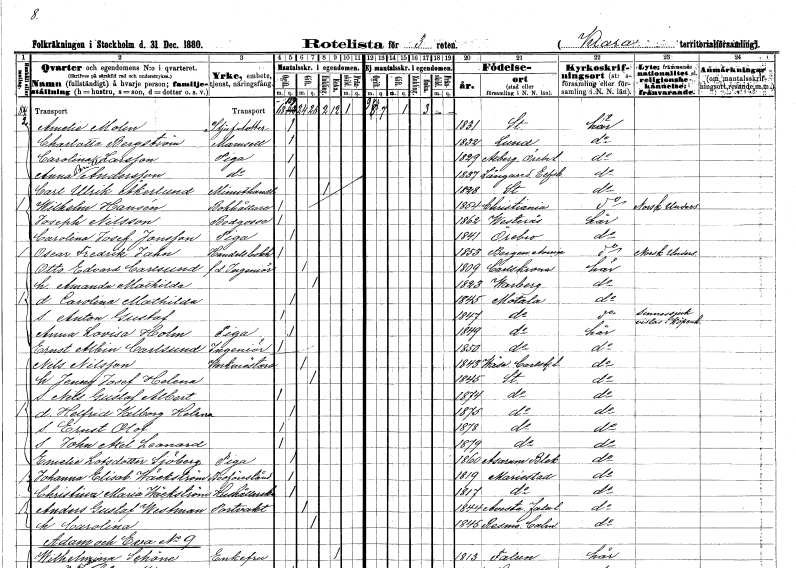
gt_parse: households: individuals: FN: Amelie
EN: Molin
KON: K
CIV: O
FODAR: 1831
FODFORS: Stockholm
FN: Charlotta
EN: Bergström
KON: K
CIV: O
FODAR: 1832
FODFORS: Lund Malmöhus län
FN: Carolina
EN: Larsson
YRKE: Piga
KON: K
CIV: O
FODAR: 1829
FODFORS: Axberg Örebro län
FN: Anna Britta
EN: Andersson
YRKE: Piga
KON: K
CIV: O
FODAR: 1837
FODFORS: Långared Älvsborgs län
FN: Carl Ulrik
EN: Åkerlund
YRKE: Minuthandlare
KON: M
CIV: E
FODAR: 1828
FODFORS: Stockholm
FN: Wilhelm
EN: Hansén
YRKE: Bokhållare
KON: M
CIV: O
FODAR: 1854
FN: Joseph
EN: Nilsson
YRKE: Bodgosse
KON: M
CIV: O
FODAR: 1862
FODFORS: Västerås Västmanlands län
FN: Carolina Josefina
EN: Jonsson
YRKE: Piga
KON: K
CIV: O
FODAR: 1841
FODFORS: Örebro Örebro län
FN: Oscar Fredrik
EN: Jahn
YRKE: Handelsbokhållare
KON: M
CIV: O
FODAR: 1853
FN: Otto Edvard
EN: Carlsund
YRKE: Ingenjör f.d.
KON: M
CIV: G
FODAR: 1809
FODFORS: Karlskrona Blekinge län
FN: Amanda Mathilda
KON: K
CIV: G
FODAR: 1823
FODFORS: Varberg Hallands län
FN: Carolina Mathilda
KON: K
CIV: O
FODAR: 1845
FODFORS: Motala Östergötlands län
FN: Anton Gustaf
KON: M
CIV: O
FODAR: 1847
FODFORS: Motala Östergötlands län
FN: Anna Lovisa
EN: Holm
YRKE: Piga
KON: K
CIV: O
FODAR: 1849
FODFORS: Motala Östergötlands län
FN: Ernst Albin
EN: Carlsund
YRKE: Ingenjör
KON: M
CIV: O
FODAR: 1850
FODFORS: Motala Östergötlands län
FN: Nils
EN: Nilsson
YRKE: Verkmästare
KON: M
CIV: G
FODAR: 1843
FODFORS: Väse Värmlands län
FN: Jenny Josefina Helena
KON: K
CIV: G
FODAR: 1845
FODFORS: Stockholm
FN: Nils Gustaf Albert
KON: M
CIV: O
FODAR: 1874
FODFORS: Stockholm
FN: Helfrid Valborg Helena
KON: K
CIV: O
FODAR: 1875
FODFORS: Stockholm
FN: Ernst Olof
KON: M
CIV: O
FODAR: 1878
FODFORS: Stockholm
FN: John Axel Leonard
KON: M
CIV: O
FODAR: 1879
FODFORS: Stockholm
FN: Emelie
EN: Lotsdotter Sjöberg
YRKE: Piga
KON: K
CIV: O
FODAR: 1860
FODFORS: Asarum Blekinge län
FN: Johanna Elisabet
EN: Wäckström
YRKE: Bodföreståndare
KON: K
CIV: O
FODAR: 1819
FODFORS: Mariestad Skaraborgs län
FN: Christina Maria
EN: Wäckström
YRKE: Hushållerska
KON: K
CIV: O
FODAR: 1817
FODFORS: Mariestad Skaraborgs län
FN: Anders Gustaf
EN: Westman
YRKE: Portvakt
KON: M
CIV: G
FODAR: 1844
FODFORS: Avesta Kopparbergs län
FN: Carolina
KON: K
CIV: G
FODAR: 1845
FODFORS: Resmo Kalmar län
FN: Wilhelmina
EN: Schöne
KON: K
CIV: E
FODAR: 1813
FODFORS: Falun Kopparbergs län